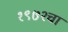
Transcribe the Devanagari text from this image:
१९७२चा